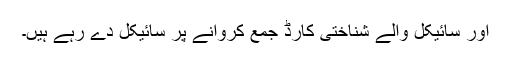
اور سائیکل والے شناختی کارڈ جمع کروانے پر سائیکل دے رہے ہیں۔